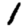
Digit: 1